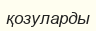
қозуларды